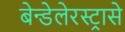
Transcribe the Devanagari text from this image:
बेन्डेलेरस्ट्रासे